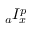
{ } _ { a } I _ { x } ^ { p }